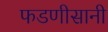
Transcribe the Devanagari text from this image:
फडणीसानी